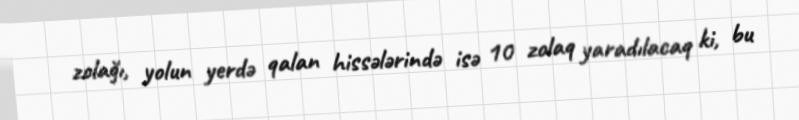
zolağı, yolun yerdə qalan hissələrində isə 10 zolaq yaradılacaq ki, bu